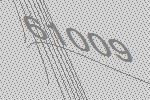
61009